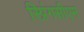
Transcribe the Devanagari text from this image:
स्प्रिंगसीएम